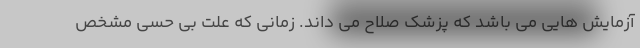
آزمایش هایی می باشد که پزشک صلاح می داند. زمانی که علت بی حسی مشخص